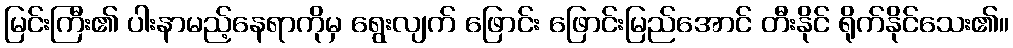
မြင်းကြီး၏ ပါးနာမည့်နေရာကိုမှ ရွေးလျက် ဖြောင်း ဖြောင်းမြည်အောင် တီးနိုင် ရိုက်နိုင်သေး၏။